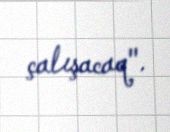
çalışacaq".